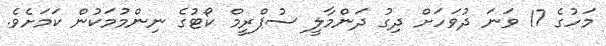
މަހުގެ 17 ވަނަ ދުވަހަށް ދިގު ދަންމާލީ ސުޕްރީމް ކޯޓުގެ ނިންމުމަކުން ކަމަށެވެ.